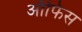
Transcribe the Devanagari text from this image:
आॅफिस